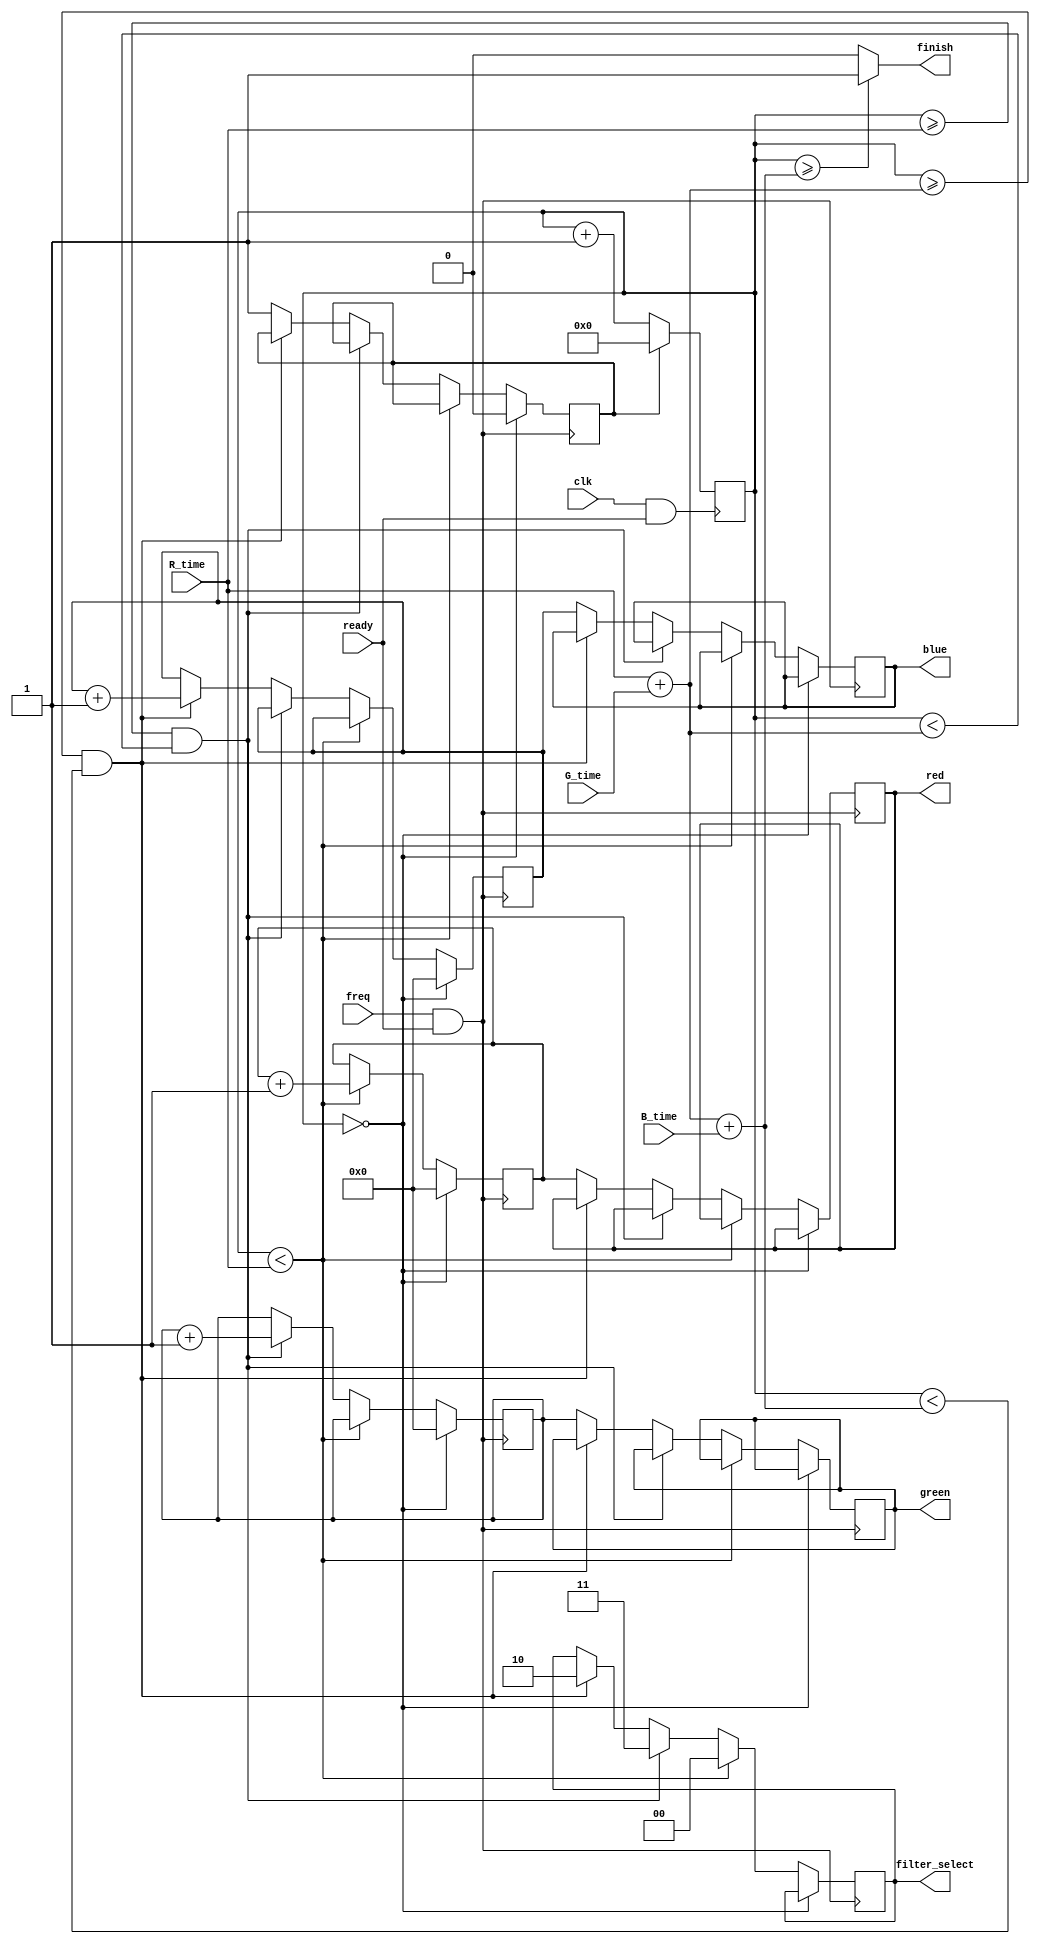
`timescale 1ns / 1ps
//////////////////////////////////////////////////////////////////////////////////
// Company: 
// Engineer: 
// 
// Design Name: 
// Module Name: color_identify
// Project Name: 
// Target Devices: 
// Tool Versions: 
// Description: 
// 
// Dependencies: 
// 
// Revision:
// Revision 0.01 - File Created
// Additional Comments:
// 
//////////////////////////////////////////////////////////////////////////////////


module color_identify(
    input clk,
    input freq,
    input ready,//
    input [31:0] R_time,
    input [31:0] G_time,
    input [31:0] B_time,
    output reg [9:0] red,
    output reg [9:0] green,
    output reg [9:0] blue,
    output reg [1:0] filter_select,
    output finish//
    );
    
reg [31:0]cnt = 0;  
reg [9:0] R_cnt = 0;
reg [9:0] G_cnt = 0;
reg [9:0] B_cnt = 0;
reg reset = 0;

always @(posedge clk && ready)
    begin
        if(!reset)
            cnt = cnt+1;    
        else
           cnt = 0;
    end

always @(posedge freq && ready)
    begin
        if(cnt==0)//
        begin
            R_cnt = 0;
            G_cnt = 0;
            B_cnt = 0;
            reset = 0;
       end
       else if(cnt < R_time)
       begin
            filter_select = 2'b00;
            R_cnt = R_cnt+1;
       end      
       else if(cnt >= R_time && cnt < R_time + G_time)     
       begin
            filter_select = 2'b11;
            G_cnt = G_cnt+1;
       end
       else if(cnt >= R_time + G_time && cnt < R_time + G_time + B_time)
       begin
            filter_select = 2'b10;
            B_cnt = B_cnt+1;
       end
       else 
       begin
            red = R_cnt;
            green = G_cnt;
            blue = B_cnt;
            reset = 1;
       end
   end    

assign finish = (cnt >= R_time + G_time + B_time)?1:0;    

endmodule